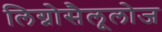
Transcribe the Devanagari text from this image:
लिग्नोसैलूलोज